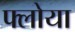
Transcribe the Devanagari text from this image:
फ्लोया